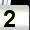
Digit: 2